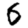
Digit: 6